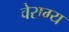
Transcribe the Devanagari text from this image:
वेराग्य